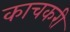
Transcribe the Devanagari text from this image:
काचकरी